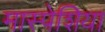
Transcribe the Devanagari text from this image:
मास्पेशिया